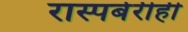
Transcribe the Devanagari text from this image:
रास्पबेरीही